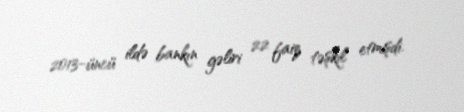
2013-üncü ildə bankın gəliri 22 faiz təşkil etmişdi.